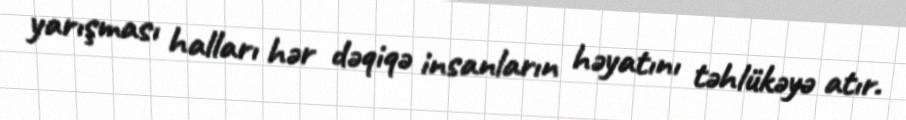
yarışması halları hər dəqiqə insanların həyatını təhlükəyə atır.